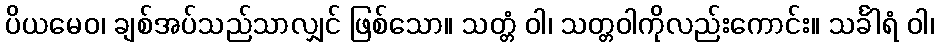
ပိယမေဝ၊ ချစ်အပ်သည်သာလျှင် ဖြစ်သော။ သတ္တံ ဝါ၊ သတ္တဝါကိုလည်းကောင်း။ သင်္ခါရံ ဝါ၊